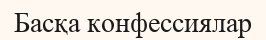
Басқа конфессиялар